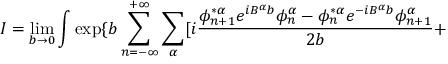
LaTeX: I = \operatorname * { l i m } _ { b \rightarrow 0 } \int \exp \{ b \sum _ { n = - \infty } ^ { + \infty } \sum _ { \alpha } [ i \frac { \phi _ { n + 1 } ^ { * \alpha } e ^ { i B ^ { \alpha } b } \phi _ { n } ^ { \alpha } - \phi _ { n } ^ { * \alpha } e ^ { - i B ^ { \alpha } b } \phi _ { n + 1 } ^ { \alpha } } { 2 b } +